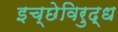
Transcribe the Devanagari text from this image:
इच्छेविरुद्ध